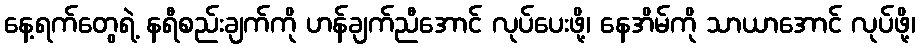
နေ့ရက်တွေရဲ့ နရီစည်းချက်ကို ဟန်ချက်ညီအောင် လုပ်ပေးဖို့၊ နေအိမ်ကို သာယာအောင် လုပ်ဖို့၊